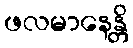
ဖလမာနေန္တိ